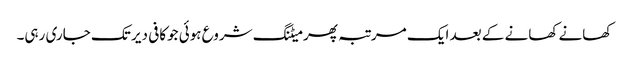
کھانے کھانے کے بعد ایک مرتبہ پھر میٹنگ شروع ہوئی جوکافی دیر تک جاری رہی۔